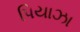
પિયાઝા